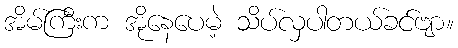
အိမ်ကြီးက အိုနေပေမဲ့ သိပ်လှပါတယ်ခင်ဗျာ။